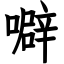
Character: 噼